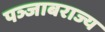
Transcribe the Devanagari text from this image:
पञ्जाबराज्य